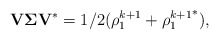
\begin{align*}\mathbf{V}\mathbf{\Sigma}\mathbf{V}^* = 1/2(\rho_1^{k+1}+{\rho_1^{k+1}}^*),\end{align*}